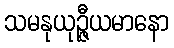
သမနုယုဉ္ဇီယမာနော